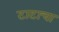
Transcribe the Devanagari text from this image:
टाटाचा